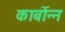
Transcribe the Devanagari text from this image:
कार्बोन्न